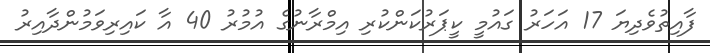
ފާއިތުވެދިޔަ 17 އަހަރު ގައުމީ ކީޕަރުކަންކުރި އިމްރާނުގެ އުމުރު 40 އާ ކައިރިވަމުންދާއިރު